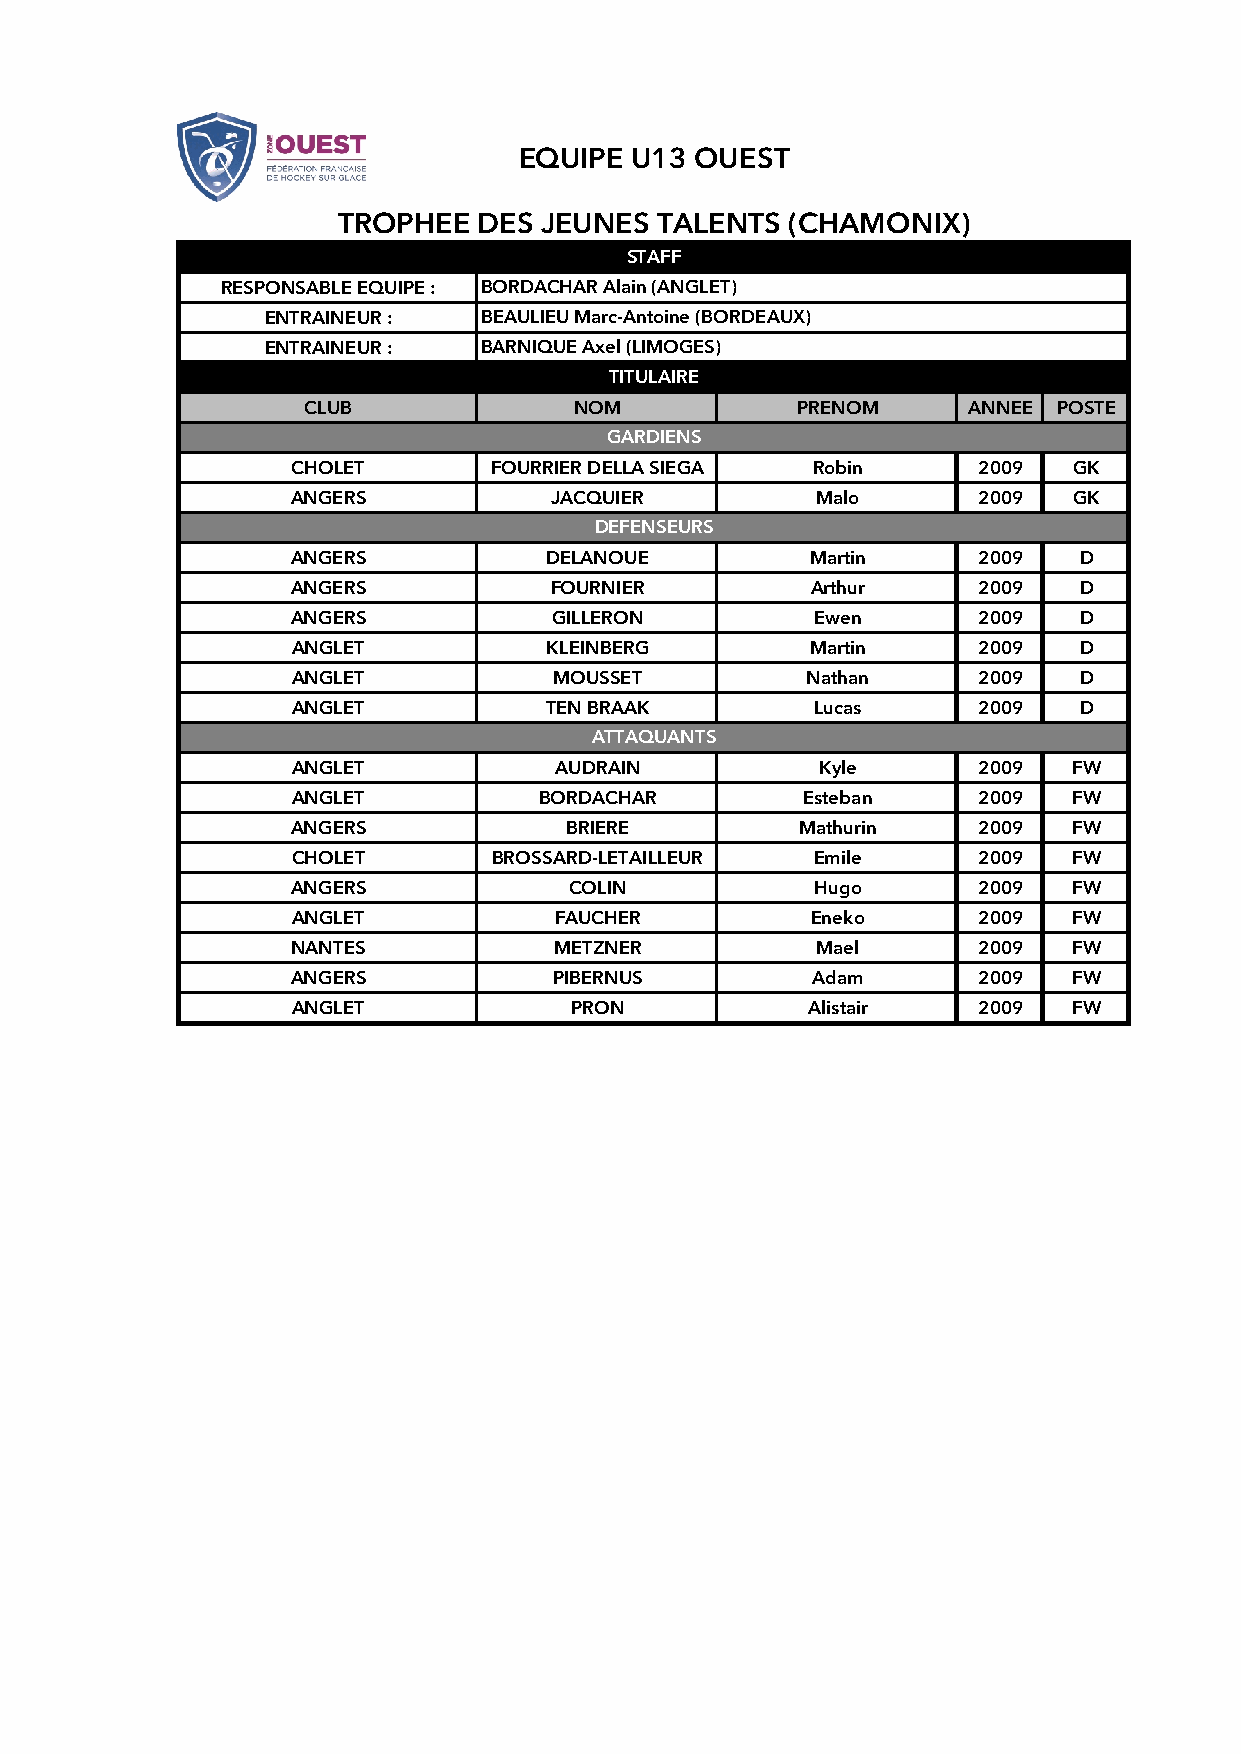
EQUIPE U13 OUEST
 TROPHEE  DES JEUNES  TALENTS  (CHAMONIX)
 STAFF
 RESPONSABLE EQUIPE : BORDACHAR Alain (ANGLET)
 ENTRAINEUR :  BEAULIEU Marc-Antoine (BORDEAUX)
 ENTRAINEUR :  BARNIQUE Axel (LIMOGES)
 TITULAIRE
 CLUB              NOM            PRENOM     ANNEE POSTE
 GARDIENS
 CHOLET       FOURRIER DELLA SIEGA Robin      2009  GK
 ANGERS           JACQUIER         Malo       2009  GK
 DEFENSEURS
 ANGERS          DELANOUE          Martin     2009   D
 ANGERS           FOURNIER         Arthur     2009   D
 ANGERS           GILLERON         Ewen       2009   D
 ANGLET          KLEINBERG         Martin     2009   D
 ANGLET           MOUSSET          Nathan     2009   D
 ANGLET          TEN BRAAK         Lucas      2009   D
 ATTAQUANTS
 ANGLET           AUDRAIN          Kyle       2009  FW
 ANGLET          BORDACHAR        Esteban     2009  FW
 ANGERS            BRIERE         Mathurin    2009  FW
 CHOLET       BROSSARD-LETAILLEUR  Emile      2009  FW
 ANGERS            COLIN           Hugo       2009  FW
 ANGLET           FAUCHER          Eneko      2009  FW
 NANTES           METZNER          Mael       2009  FW
 ANGERS           PIBERNUS         Adam       2009  FW
 ANGLET            PRON            Alistair   2009  FW